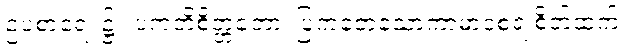
ဥပစာရေ၊ ၌။ ပကတိစိတ္တတော၊ ပြကတေ့သောကာမာဝစရ စိတ်ထက်။